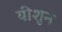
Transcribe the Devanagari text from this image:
यीशुन